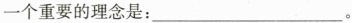
一个重要的理念是：___。